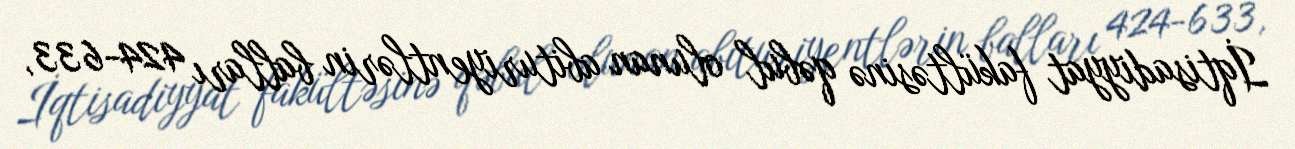
İqtisadiyyat fakültəsinə qəbul olunan abituriyentlərin balları 424-633,